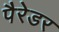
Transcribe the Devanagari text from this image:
पैरेडर